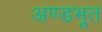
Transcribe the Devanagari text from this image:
अण्डभूत